Scottish Certificate of Education, 1962
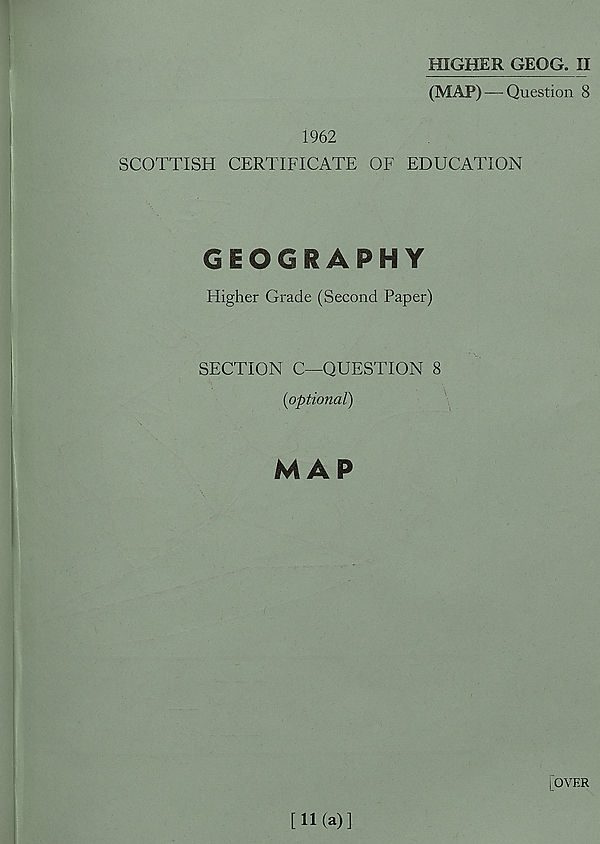
HIGHER GEOG. II
(MAP) — Question 8
1962
SCOTTISH CERTIFICATE OF EDUCATION
GEOGRAPHY
Higher Grade (Second Paper)
SECTION C—QUESTION 8
{optional)
MAP
[OVER
[11(a)]